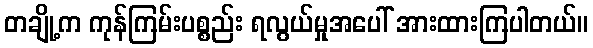
တချို့က ကုန်ကြမ်းပစ္စည်း ရလွယ်မှုအပေါ် အားထားကြပါတယ်။